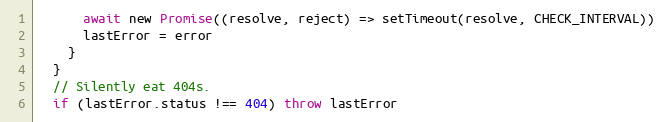
Language: JavaScript
      await new Promise((resolve, reject) => setTimeout(resolve, CHECK_INTERVAL))
      lastError = error
    }
  }
  // Silently eat 404s.
  if (lastError.status !== 404) throw lastError